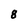
Character: 8